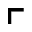
\ulcorner